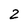
Character: 2